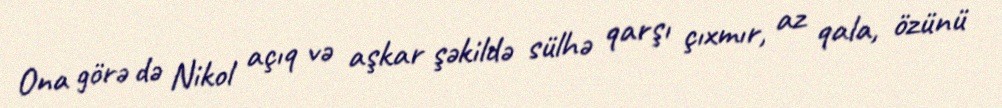
Ona görə də Nikol açıq və aşkar şəkildə sülhə qarşı çıxmır, az qala, özünü